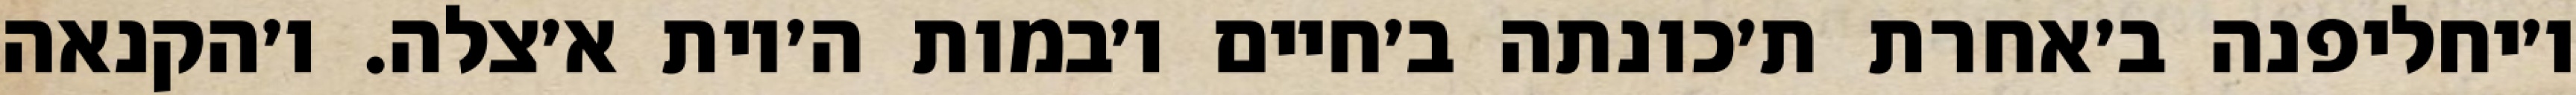
ו׳יחליפנה ב׳אחרת ת׳כונתה ב׳חיים ו׳במות ה׳יות א׳צלה. ו׳הקנאה